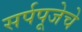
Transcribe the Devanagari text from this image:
सर्पपूजेचे